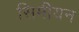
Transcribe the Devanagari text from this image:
सिमीयन